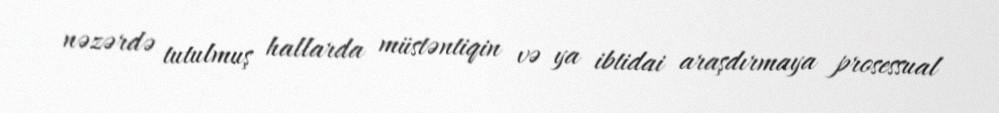
nəzərdə tutulmuş hallarda müstəntiqin və ya ibtidai araşdırmaya prosessual